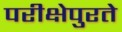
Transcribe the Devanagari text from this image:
परीक्षेपुरते